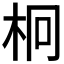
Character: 𣐒